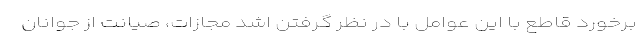
برخورد قاطع با این عوامل با در نظر گرفتن اشد مجازات، صیانت از جوانان